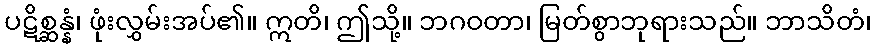
ပဋိစ္ဆန္နံ၊ ဖုံးလွှမ်းအပ်၏။ ဣတိ၊ ဤသို့။ ဘဂဝတာ၊ မြတ်စွာဘုရားသည်။ ဘာသိတံ၊